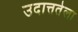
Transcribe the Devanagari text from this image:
उदात्ततेला